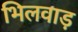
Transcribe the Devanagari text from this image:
भिलवाड़